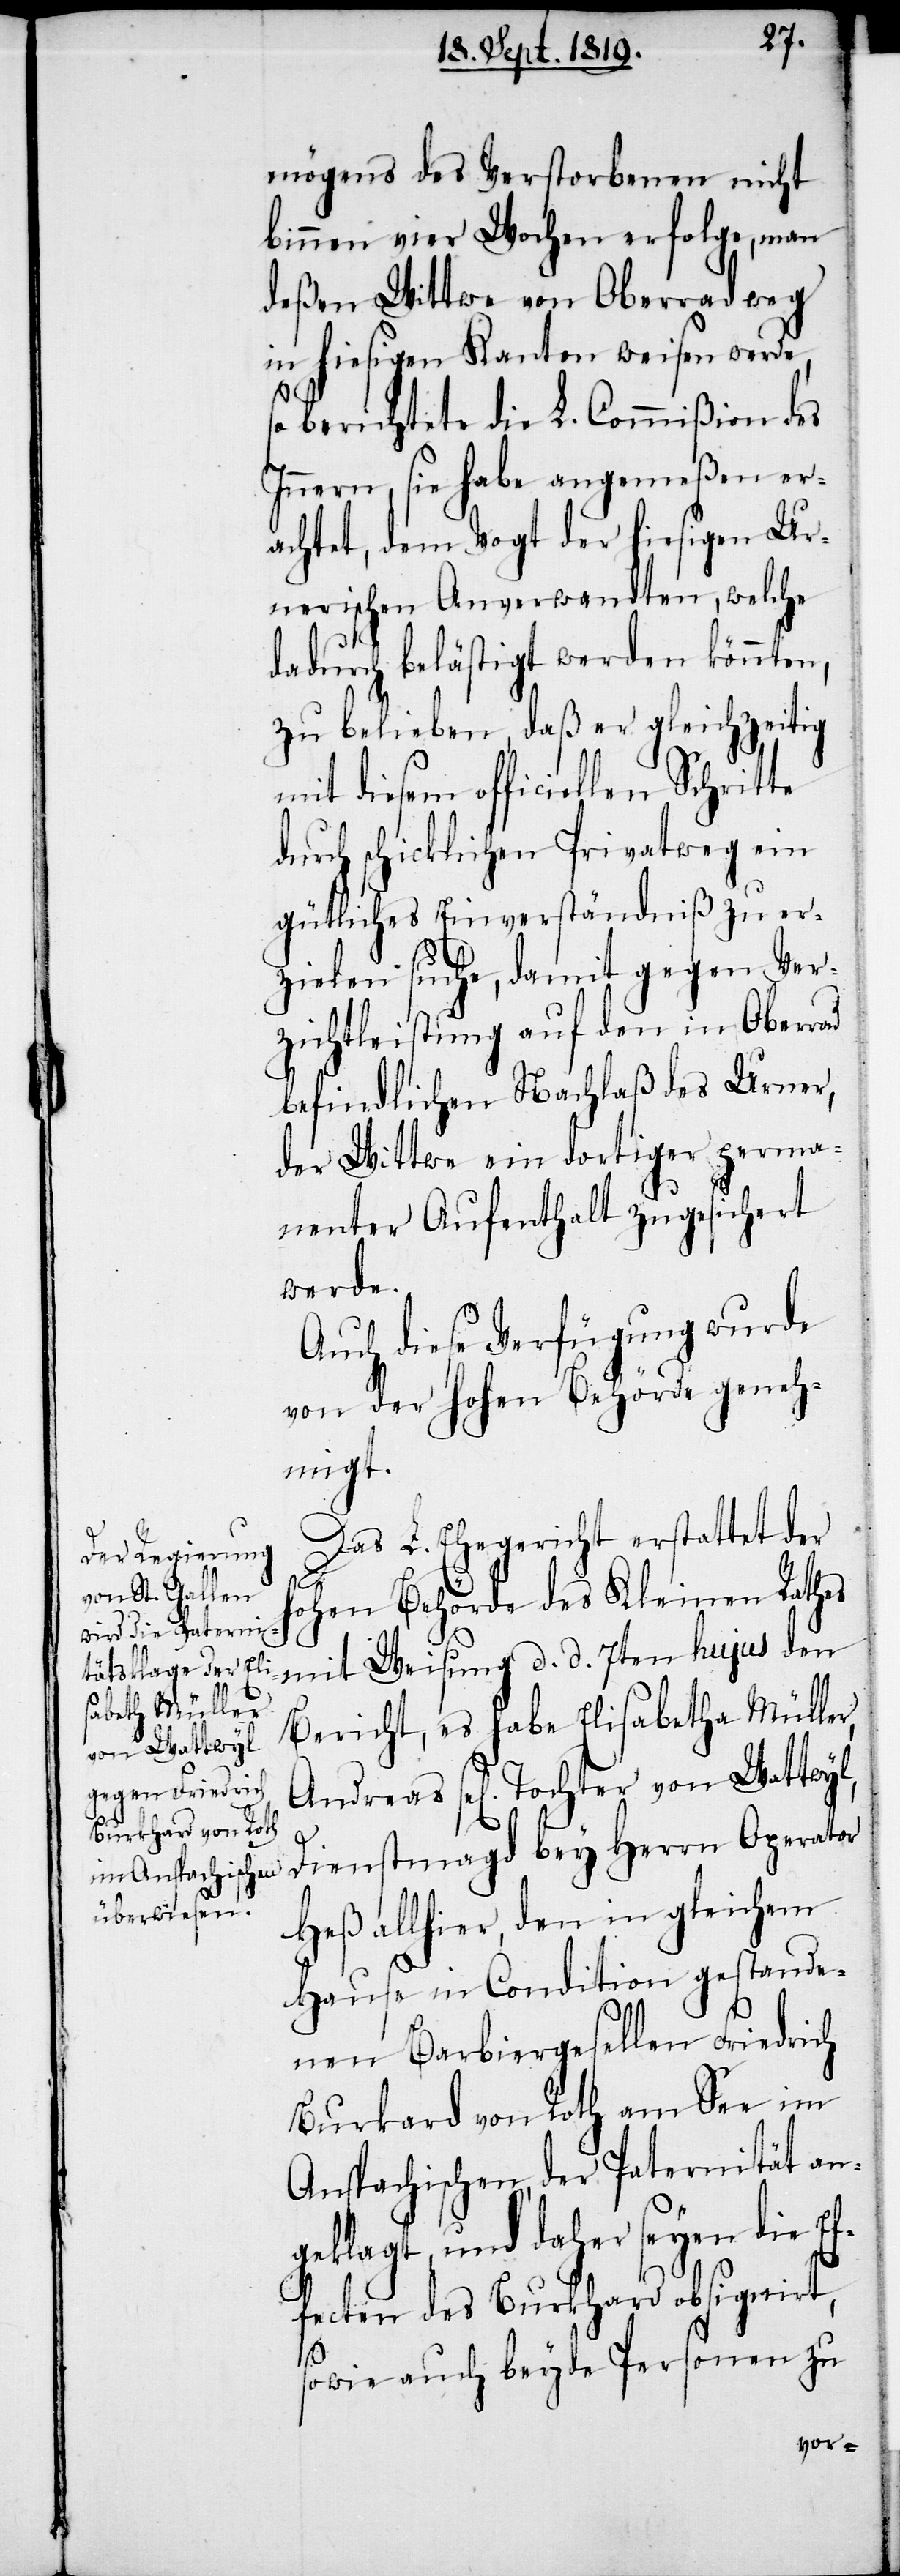
von Wattwyl,

mögens des Verstorbenen nicht
binnen vier Wochen erfolge, man
deßen Wittwe von Oberrad weg
in hiesigen Kanton weisen werde,
so berichtete die L. Commißion des
Innern, sie habe angemeßen er¬
achtet, dem Vogt der hiesigen Ur¬
nerischen Anverwandten, welche
dadurch belästigt werden könnten,
zu belieben, daß er gleichzeitig
mit diesem officiellen Schrit¬
durch schicklichen Privatweg ein
gütliches Einverständniß zu er¬
zielen suche, damit gegen Ver¬
zichtleistung auf den in Oberrad
befindlichen Nachlaß des Urner,
der Wittwe ein dortiger perma¬
nenter Aufenthalt zugesichert
werde.
Auch diese Verfügung wurde
von der hohen Behörde geneh¬
migt.
Das L. Ehegericht erstattet der
r,
hohen Behörde des Kleinen Rathes
mit Weisung d. d. 7ten hujus den
Bericht, es habe Elisabetha Mülle¬
te
Dienstmagd bey Herrn Operator
Heß allhier, den in gleichem
Hause in Condition gestande¬
nen Barbiergesellen Friedrich
Burkhard von Roth am See im
Anspachischen, der Paternität an¬
geklagt, und daher seyen die Ef¬
fecten des Burkhard obsignirt,
sowie auch beyde Personen zu